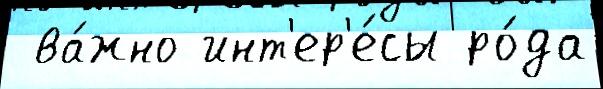
 ва́жно инт'ер'е́сы ро́да